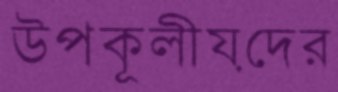
উপকূলীয়দের